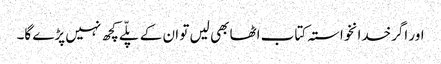
اور اگرخدانخواستہ کتاب اٹھا بھی لیں تو ان کے پلّے کچھ نہیں پڑے گا۔